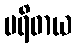
ပရိဓာယ